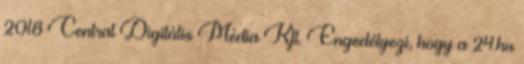
2018 Central Digitális Média Kft. Engedélyezi, hogy a 24.hu